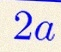
2a